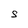
Character: S